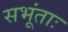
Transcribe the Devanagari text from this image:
सभूंताः